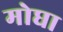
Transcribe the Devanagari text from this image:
मोघा